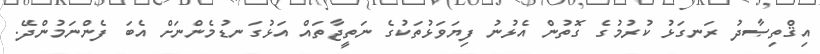
އިޤްތިޞާދު ރަނގަޅު ކުރުމުގެ ގޮތުން އެޅުނު ފިޔަވަޅުތަކުގެ ނަތީޖާތައް އަޅުގަނޑުމެންނަށް އެބަ ފެންނަމުންދޭ.